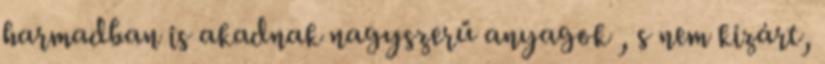
harmadban is akadnak nagyszerű anyagok , s nem kizárt,